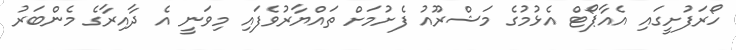
ހޯރަފުށީގައި އެއާޕޯޓް އެޅުމުގެ މަޝްރޫއު ފެށުމަށް ތައްޔާރުވެފައި މިވަނީ އެ ދާއިރާގެ މެންބަރު